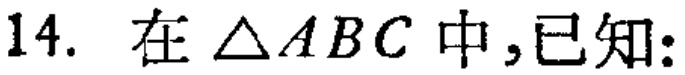
14. 在$\triangle ABC$中,已知: